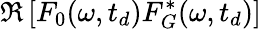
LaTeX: \mathfrak{R}\left[F_{0}(\omega,t_{d})F_{G}^{*}(\omega,t_{d})\right]